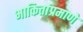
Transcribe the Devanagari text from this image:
भाकितांप्रमाणे